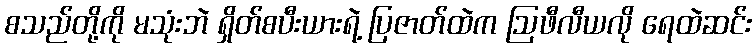
စသည်တို့ကို မသုံးဘဲ ရှိတ်စပီးယားရဲ့ ပြဇာတ်ထဲက ဩဖီလီယလို ရေထဲဆင်း